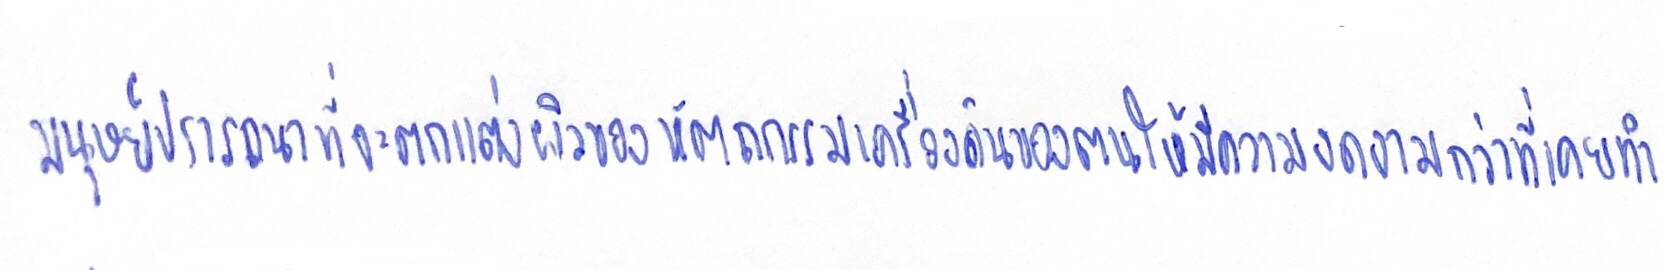
มนุษย์ปรารถนาที่จะตกแต่งผิวของหัตถกรรมเครื่องดินของตนให้มีความงดงามกว่าที่เคยทำ